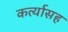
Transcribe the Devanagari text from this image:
कर्त्यासह